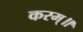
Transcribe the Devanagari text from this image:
करम्॥